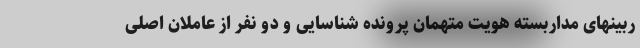
ربینهای مداربسته هویت متهمان پرونده شناسایی و دو نفر از عاملان اصلی